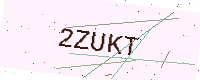
Text: 2ZUKT